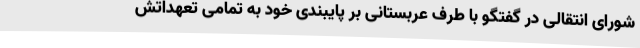
شورای انتقالی در گفتگو با طرف عربستانی بر پایبندی خود به تمامی تعهداتش